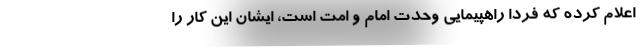
اعلام کرده که فردا راهپیمایی وحدت امام و امت است، ایشان این کار را